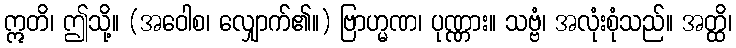
ဣတိ၊ ဤသို့။ (အဝေါစ၊ လျှောက်၏။) ဗြာဟ္မဏ၊ ပုဏ္ဏား။ သဗ္ဗံ၊ အလုံးစုံသည်။ အတ္ထိ၊